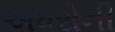
અધરોની